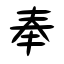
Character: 奉